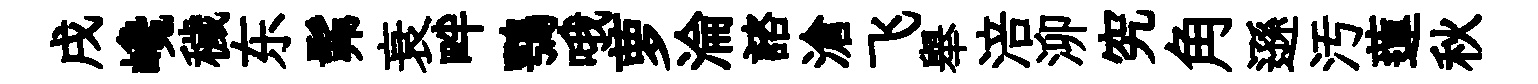
戌巉穢东髴衰畔鶚哦萝淪諮滄飞舉涪泖究角遜汚蓮秋